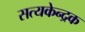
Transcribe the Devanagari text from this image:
सत्यकेन्द्रक